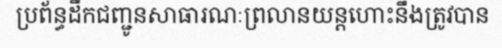
ប្រព័ន្ធដឹកជញ្ជូនសាធារណៈព្រលានយន្តហោះនឹងត្រូវបាន